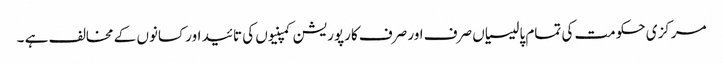
مرکزی حکومت کی تمام پالیسیاں صرف اور صرف کارپوریشن کمپنیوں کی تائید اور کسانوں کے مخالف ہے ۔